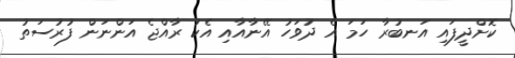
ކޮށްދީފައި އަނބުރާ ހަމަ އެ ދުވަހު އޭނާއާއި އެކު ރާއްޖެ އަންނަން ފުރުސަތު